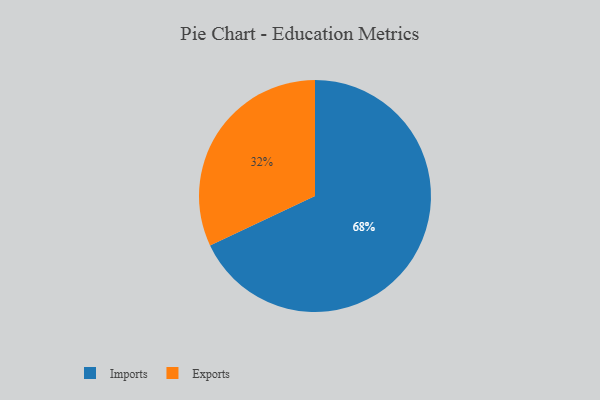
{"axis": {"x": "Category", "y": "Percentage"}, "legend": ["Exports", "Imports"], "data": [{"x": "Imports", "y": 68, "type": "Imports"}, {"x": "Exports", "y": 32, "type": "Exports"}]}